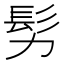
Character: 𩫸